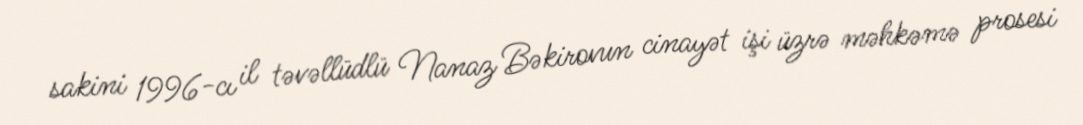
sakini 1996-cı il təvəllüdlü Nanaz Bəkirovun cinayət işi üzrə məhkəmə prosesi